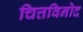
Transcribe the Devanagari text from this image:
चित्तविनोद